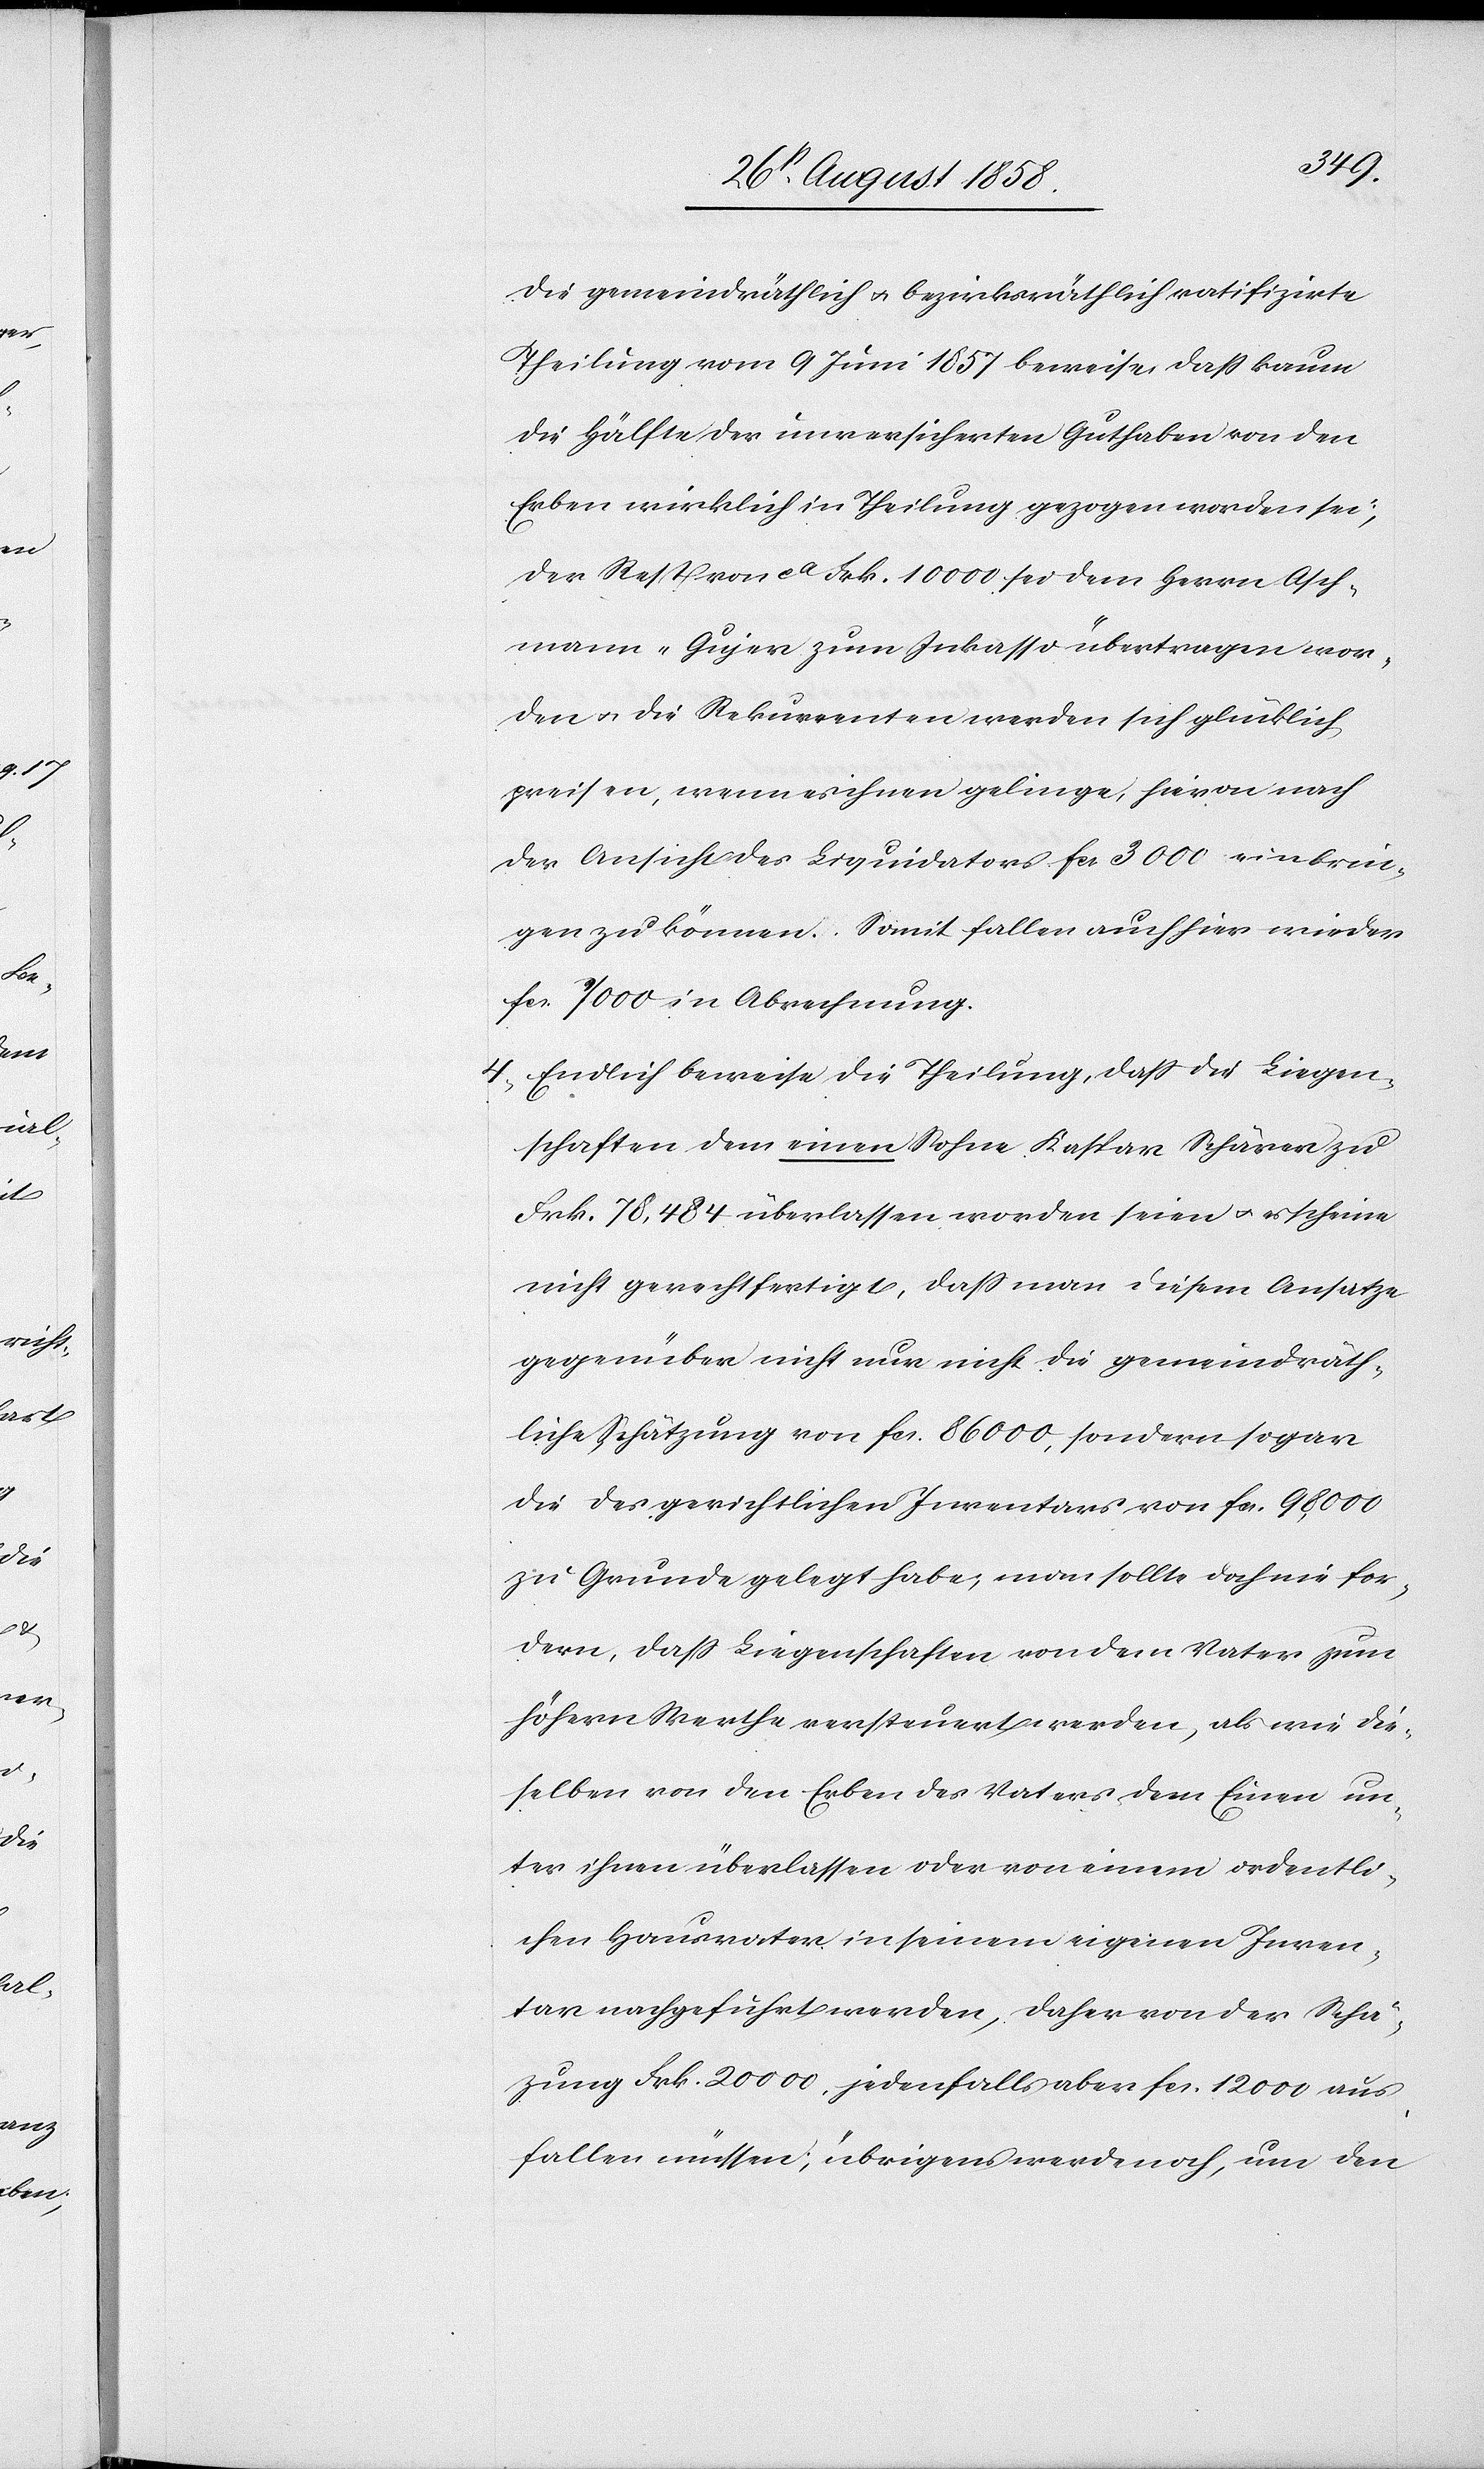
die gemeindräthlich & bezirksräthlich ratifizirte
Theilung vom 9 Juni 1857 beweise, dass kaum
die Hälfte der unversicherten Guthaben von den
Erben wirklich in Theilung gezogen worden sei,
der Rest von ca Frk. 10 000 sei dem Herrn Asch¬
mann-Gujer zum Inkasso übertragen wor¬
den & die Rekurrenten werden sich glücklich
preisen, wenn es ihnen gelinge, hievon nach
der Ansicht des Liquidators fcs. 3000 einbrin¬
gen zu können. Somit fallen auch hier wieder
fcs. 7000 in Abrechnung.
Endlich beweise die Theilung, dass die Liegen¬
schaften dem einen Sohne Kaspar Schärer zu
Frk. 78,484 überlassen worden seien & es scheine
nicht gerechtfertigt, dass man diesem Ansatze
gegenüber nicht nur nicht die gemeindräth¬
liche Schätzung von fcs. 86 000, sondern sogar
die des gerichtlichen Inventars von fcs. 98,000
zu Grunde gelegt habe; man sollte doch nie for¬
dern, dass Liegenschaften von dem Vater zum
höhern Werthe versteuert werden, als wie die¬
selben von den Erben des Vaters dem Einen un¬
ter ihnen überlassen oder von einem ordentli¬
chen Hausvater in seinem eigenen Inven¬
tar nachgeführt werden, daher von der Schä[t]z¬
ung Frk. 20 000, jedenfalls aber fcs. 12 000 aus¬
fallen müssen; übrigens werde noch, um den